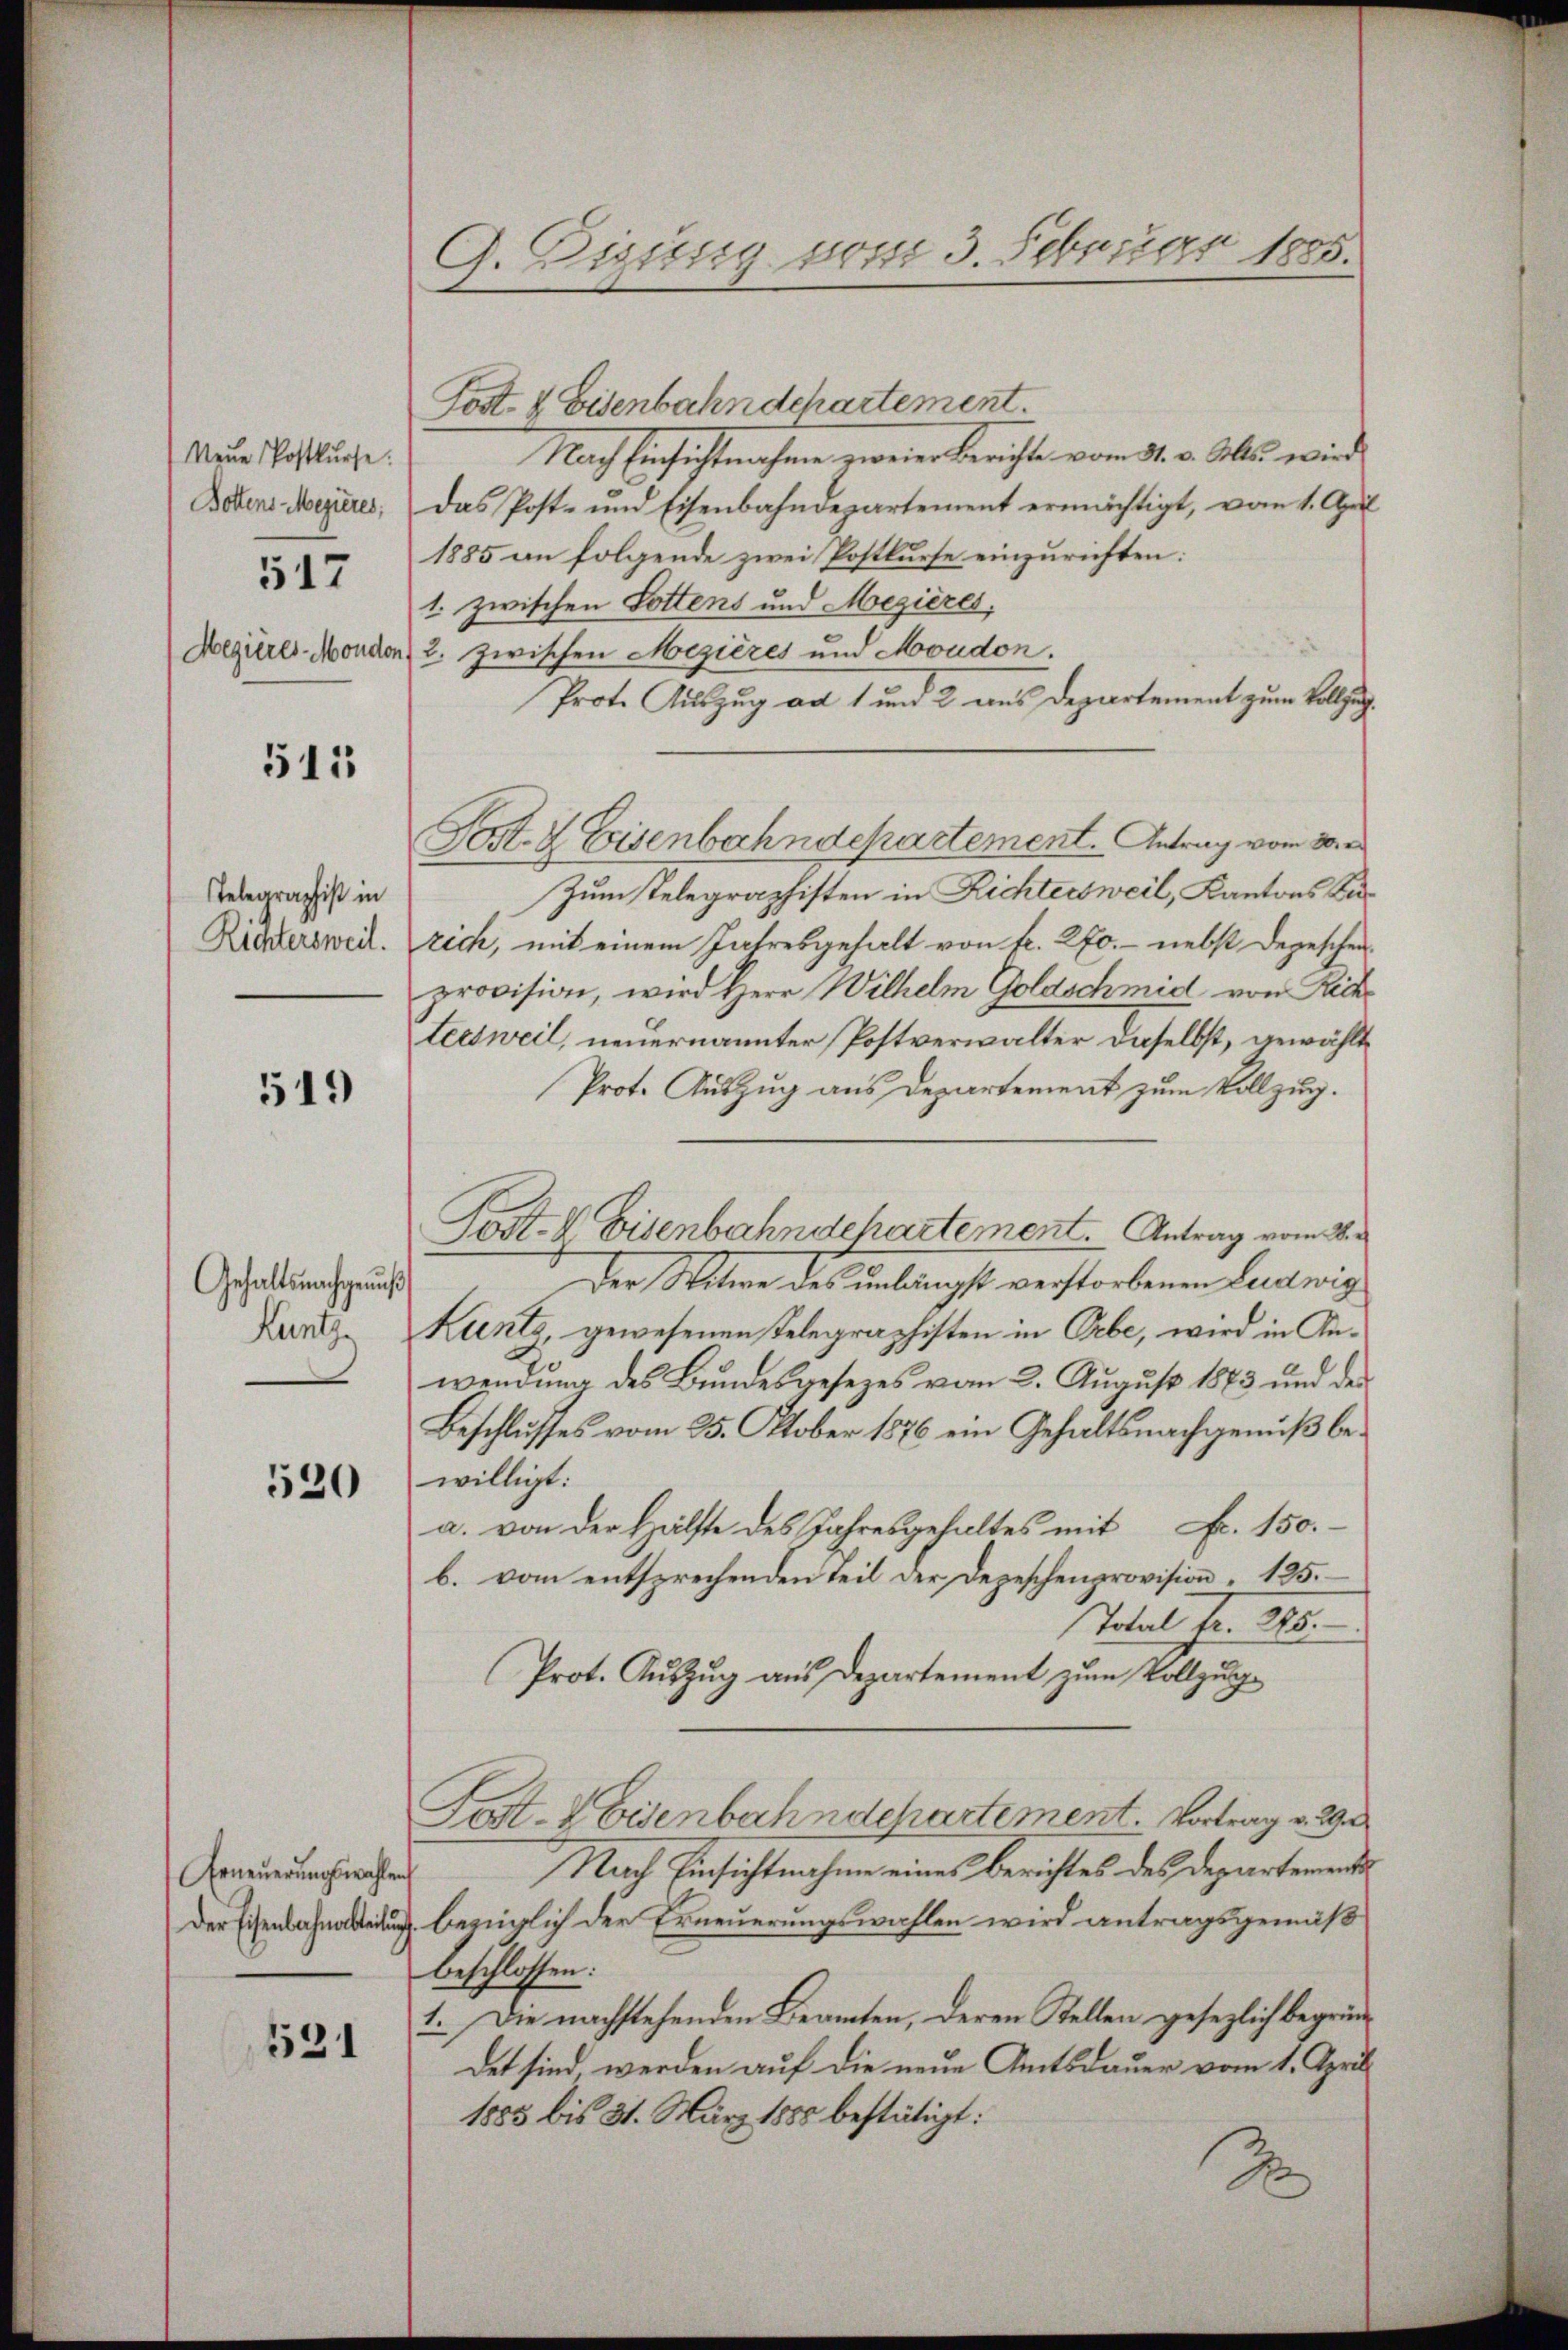
Neue Postkŭrse:
Bottens Mezieres,
517

Aegieres Moudon

511

Telegraphist in
Richtersweil.

519

Gehaltsnachgenuß
Luntz

520

Erneuerungswahlen
Der Eisenbahnarbteilung

131

G. Digung vom 3. Februar 1885.

Post- & Eisenbahndchartement.
Nach Einsichtmahne zweier Berichte vom 31. v. Mts. wird
Das Post- und Eisenbahndepartement ermächtigt, vom 1. April
1885 an folgende zwei Postkurse einzurichten:
1. zwischen Tottens und Mezières.
2. zwischen Mezières und Moudon.
Prot. Auszug ad 1 und 2 aus Departement zum Vollzug.
Post- & Eisenbahndepartement. Antrag vom 30. e
Zum Telegraphisten in Richtersweil, Kantons Carich, mit einem Jahresgehalt von fr. 270. nebst Depeschen
provision, wird Herr Wilhelm Goldschmid von Rich
tersweil, neuernannter Postverwalter daselbst, gewählt
Prot. Auszug aus Departement zum Vollzug.
Post- & Eisenbahndehartement. Antrag vom 26.
Der Witwe des unlängst verstorbenen Ludwig
Kunts, gewesenen Telegraphisten in Orbe, wird in Anwendung des Bundesgesezes vom 2. August 1883 und der
Beschlusses vom 25. Oktober 1876 ein Gehaltsnachgenuß bewilligt:
a. von der Hälfte des Jahresgehaltes mit Fr. 150.-
b. vom entsprechenden teil der Depeschenprovision " 125.
Total fr. 246.
Prot. Auszug aus Departement zum Vollzug
Fost- & Eisenbahndchartement. Vortrag v. W
Nach Einsichtnahme eines Berichtes des Departemente
bezüglich der Erneuerungswahlen wird antragsgemäß
beschlossen:
1. Die nachstehenden Beamten, deren Stellen gesezlich begründet sind, werden auf die neue Amtsdauer vom 1. April
1885 bis 31. März 1885 bestätigt:
2